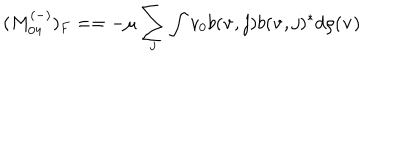
LaTeX: ( M _ { 0 4 } ^ { ( - ) } ) _ { F } = = - \mu \sum _ { j } \int v _ { 0 } b ( { \bf v } , j ) b ( { \bf v } , j ) ^ { * } d \rho ( { \bf v } )